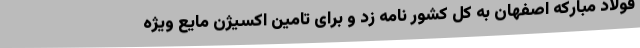
فولاد مبارکه اصفهان به کل کشور نامه زد و برای تامین اکسیژن مایع ویژه